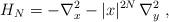
LaTeX: \begin{align*}H_N=-\nabla_{x}^2-|x|^{2N}\,\nabla_{y}^2\;,\end{align*}